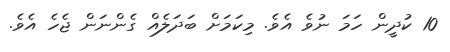
10 ކުދީން ހަމަ ނުވެ އެވެ. މިކަމަށް ބަދަލެއް ގެންނަން ޖެހެ އެވެ.